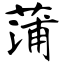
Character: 蒲